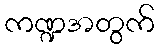
ကဏ္ဍအတွက်